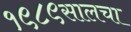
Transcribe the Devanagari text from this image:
१९८९सालचा